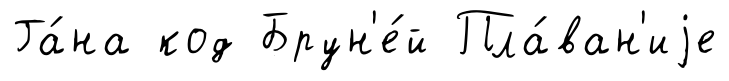
Га́на код Брун'е́й Пла́ван'иjе